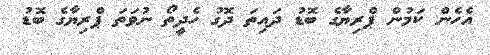
އެހެން ކަމުން ޕްރިޔާގެ ބޮޑު ދައިތަ ދޮގު ހެދީތޯ ނުވަތަ ޕްރިޔާގެ ބޮޑު